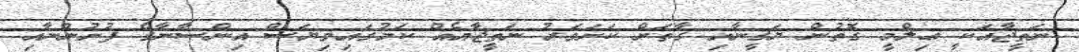
ނަތީޖާއަކީ ޢިލްމީ ގޮތުން ޔަޤީނާއި ގާތަށް ކަށަވަރު ނަތީޖާއެއް ކަމުގައިވިޔަސް އިންސާނާގެ ފުށުންނާއި